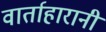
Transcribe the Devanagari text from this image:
वार्ताहारानी